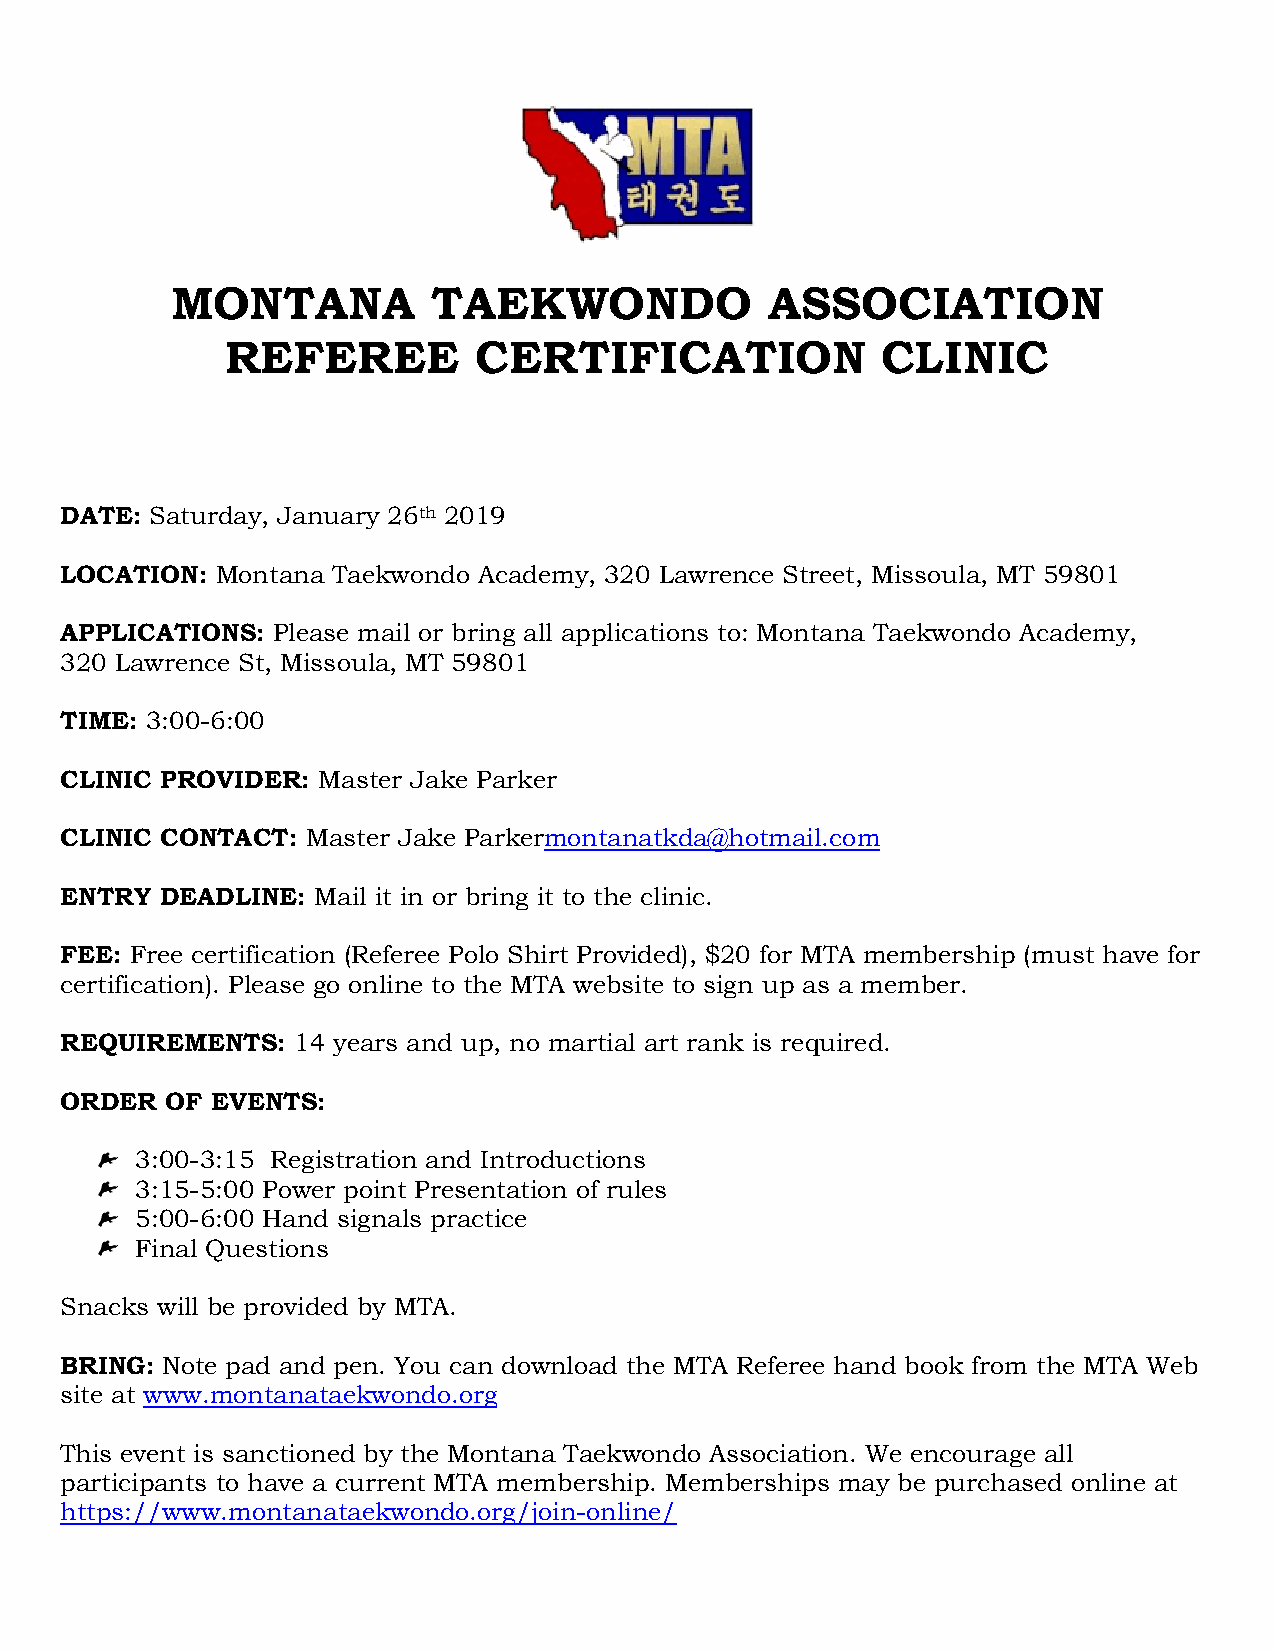
MONTANA           TAEKWONDO             ASSOCIATION
 REFEREE         CERTIFICATION              CLINIC
 DATE: Saturday, January 26th 2019
 LOCATION: Montana Taekwondo Academy, 320 Lawrence Street, Missoula, MT 59801
 APPLICATIONS: Please mail or bring all applications to: Montana Taekwondo Academy,
 320 Lawrence St, Missoula, MT 59801
 TIME: 3:00-6:00
 CLINIC PROVIDER: Master Jake Parker
 CLINIC CONTACT: Master Jake Parkermontanatkda@hotmail.com
 ENTRY  DEADLINE: Mail it in or bring it to the clinic.
 FEE: Free certification (Referee Polo Shirt Provided), $20 for MTA membership (must have for
 certification). Please go online to the MTA website to sign up as a member.
 REQUIREMENTS:  14 years and up, no martial art rank is required.
 ORDER  OF EVENTS:
 3:00-3:15 Registration and Introductions
 3:15-5:00 Power point Presentation of rules
 5:00-6:00 Hand signals practice
 Final Questions
 Snacks will be provided by MTA.
 BRING: Note pad and pen. You can download the MTA Referee hand book from the MTA Web
 site at www.montanataekwondo.org
 This event is sanctioned by the Montana Taekwondo Association. We encourage all
 participants to have a current MTA membership. Memberships may be purchased online at
 https://www.montanataekwondo.org/join-online/